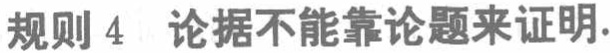
规则 4  论据不能靠论题来证明.